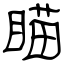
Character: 瞄